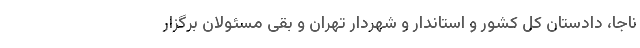
ناجا، دادستان کل کشور و استاندار و شهردار تهران و بقی مسئولان برگزار